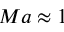
M a \approx 1